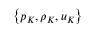
\left\{ p _ { K } , \rho _ { K } , u _ { K } \right\}